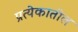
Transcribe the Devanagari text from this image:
प्रत्येकातील